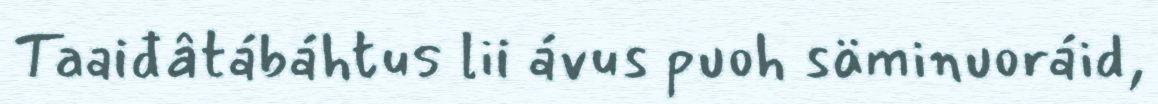
Taaiđâtábáhtus lii ávus puoh säminuoráid,